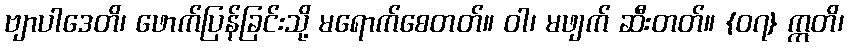
ဗျာပါဒေတိ၊ ဖောက်ပြန်ခြင်းသို့ မရောက်စေတတ်။ ဝါ၊ မဖျက် ဆီးတတ်။ {၀၇} ဣတိ၊